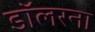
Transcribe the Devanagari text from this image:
डॉलरना